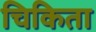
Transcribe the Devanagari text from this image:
चिकिता